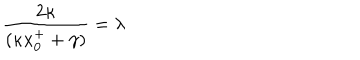
{ \frac { 2 \kappa } { ( \kappa x _ { 0 } ^ { + } + \gamma ) } } = \lambda